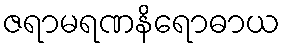
ဇရာမရဏနိရောဓာယ